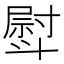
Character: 𣂊